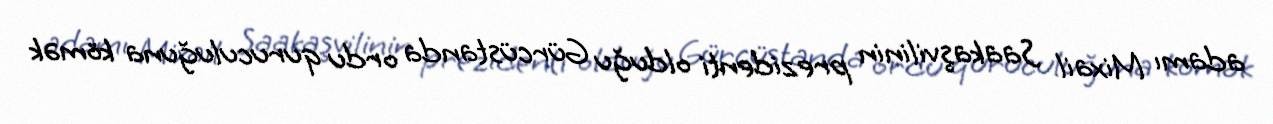
adamı Mixail Saakaşvilinin prezidenti olduğu Gürcüstanda ordu quruculuğuna kömək